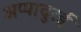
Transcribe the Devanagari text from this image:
अप्पादुरई